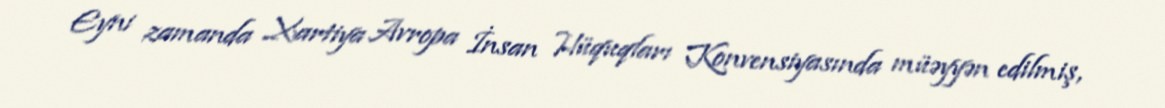
Eyni zamanda Xartiya Avropa İnsan Hüquqları Konvensiyasında müəyyən edilmiş,